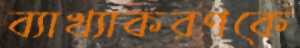
ব্যাখ্যাকরণকে